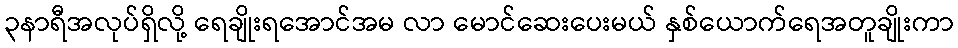
၃နာရီအလုပ်ရှိလို့ ရေချိုးရအောင်အမ လာ မောင်ဆေးပေးမယ် နှစ်ယောက်ရေအတူချိုးကာ